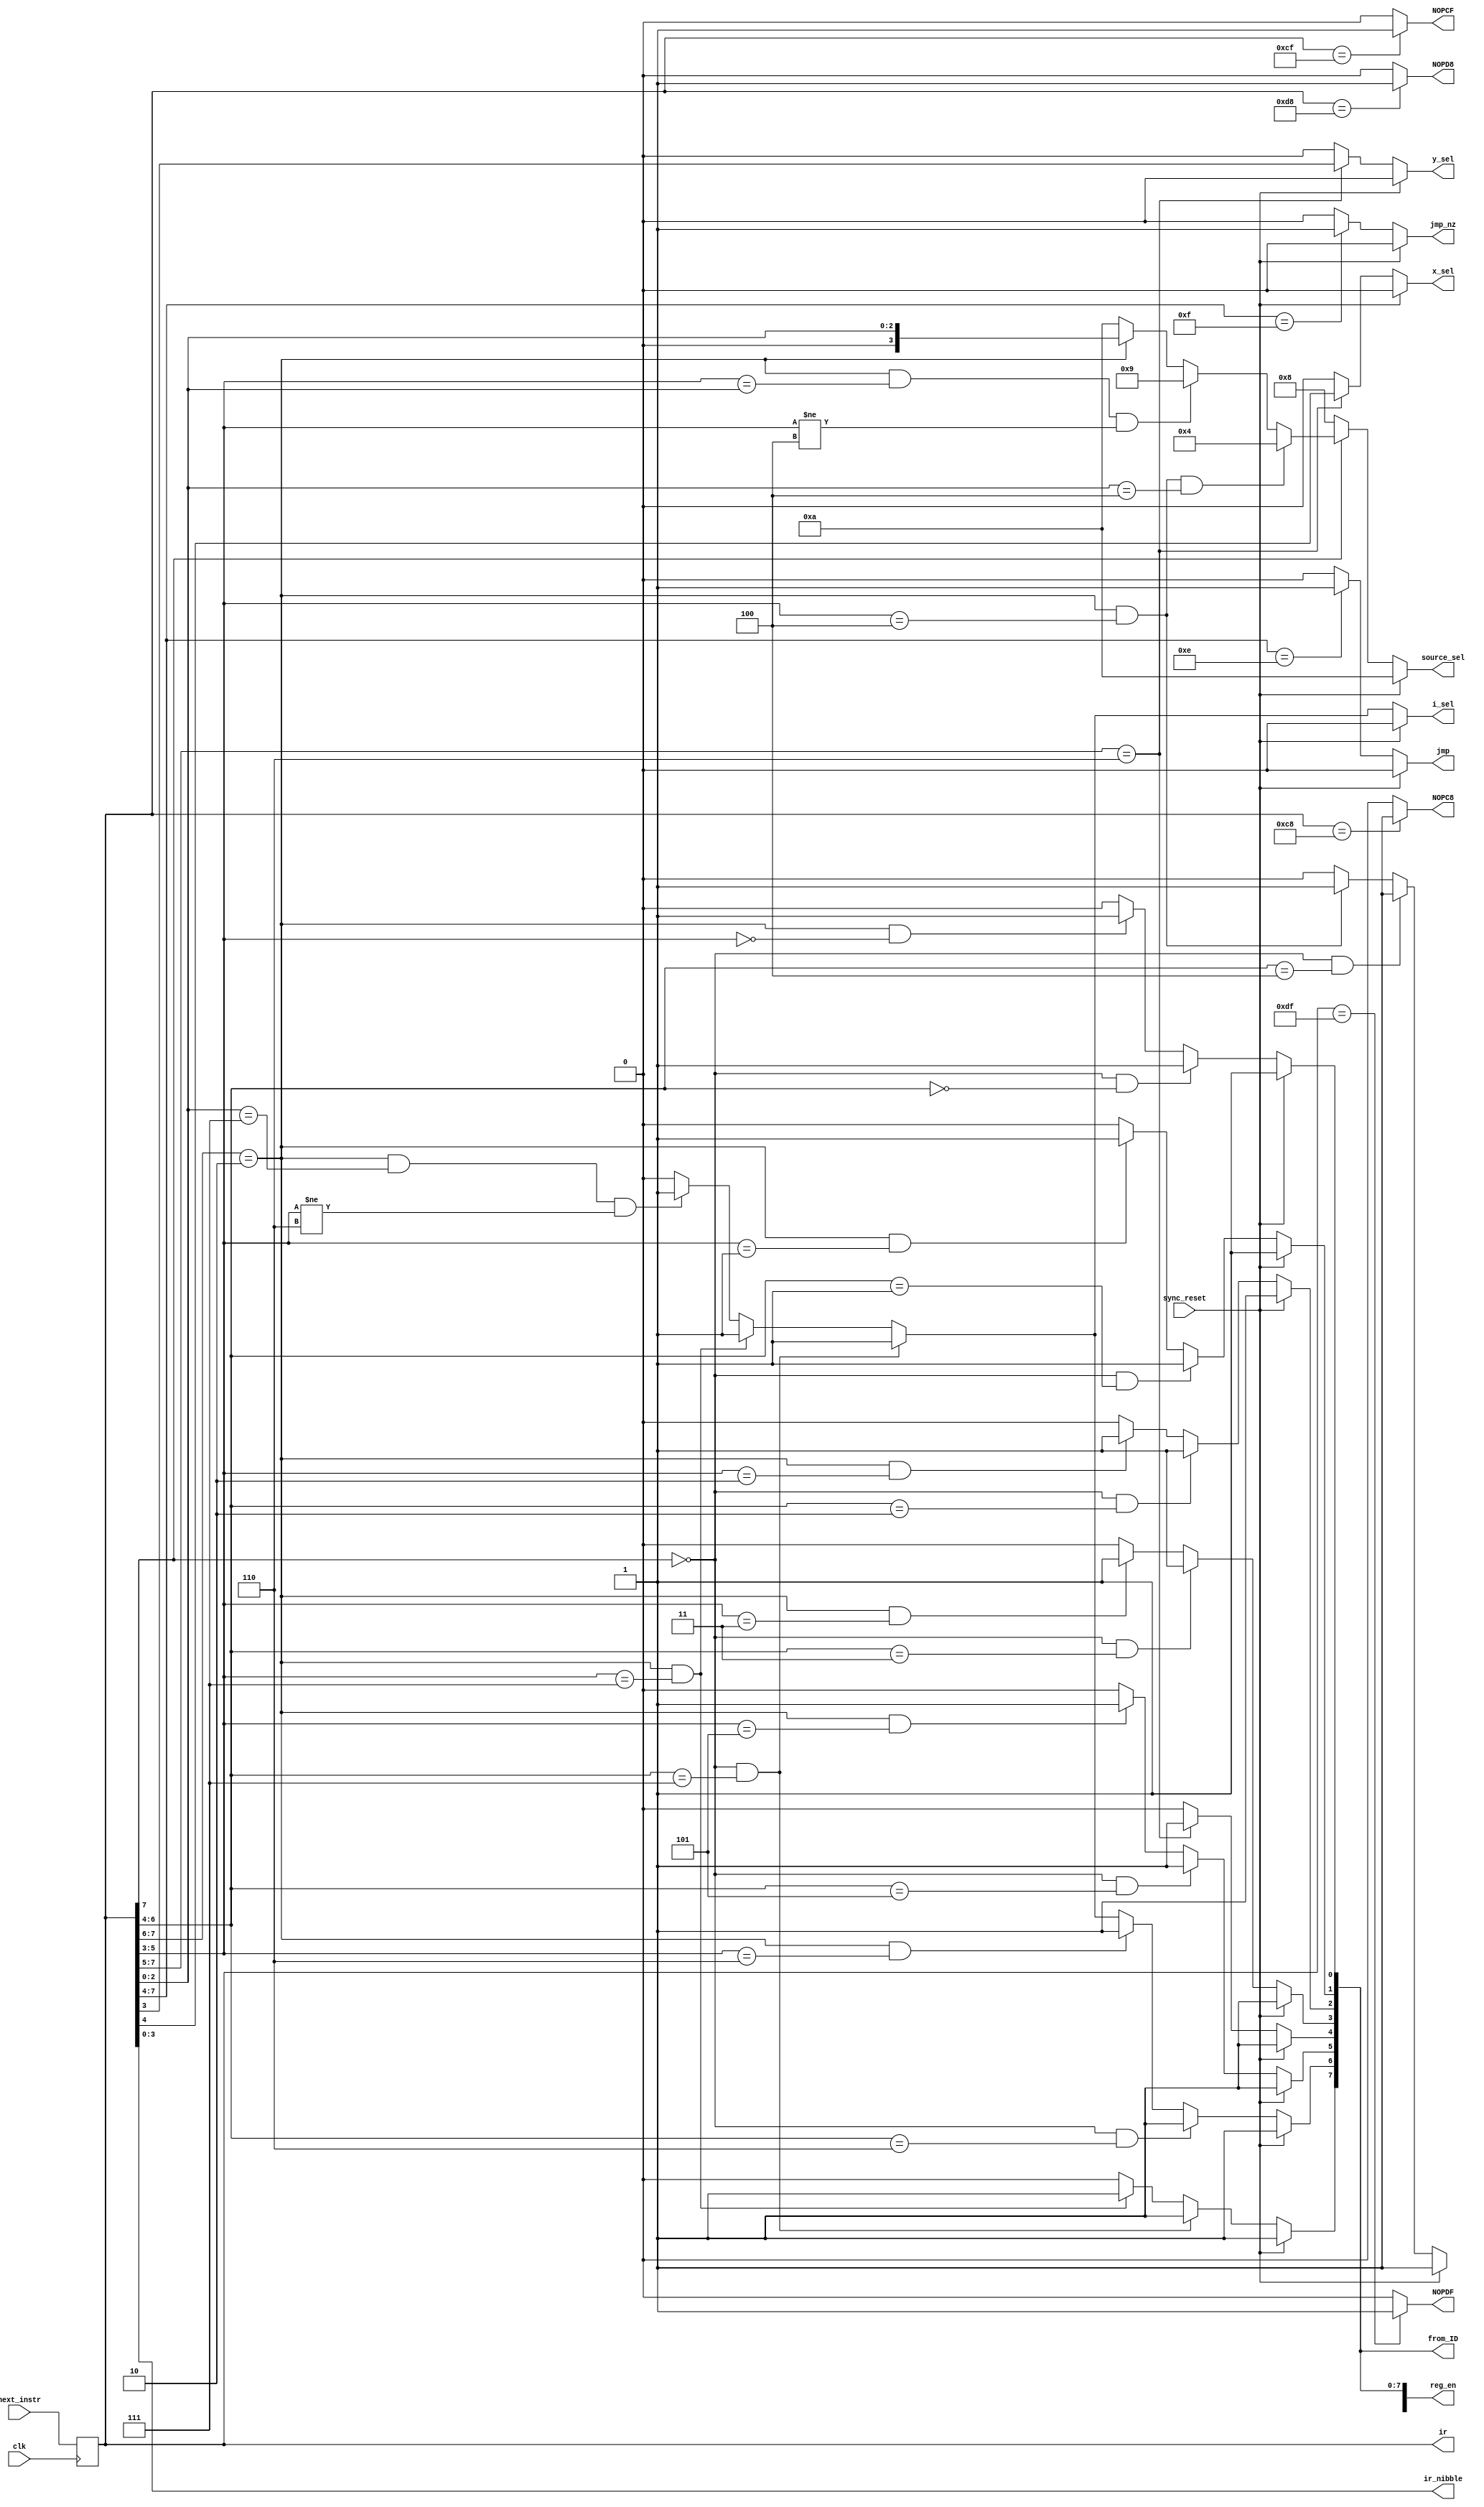
module instruction_decoder(
input clk, sync_reset,
input [7:0] next_instr,
output reg jmp, jmp_nz,
output reg [3:0] ir_nibble,
output reg i_sel, y_sel, x_sel,
output reg [3:0] source_sel,
output reg [8:0] reg_en,

output reg [7:0] ir,
output reg [7:0] from_ID,
output reg NOPC8, NOPCF, NOPD8, NOPDF
);

// reg [7:0] ir;

always @ *
if (ir == 8'hC8)
	NOPC8 = 1'b1;
else
	NOPC8 = 1'b0;

always @ *
if (ir == 8'hCF)
	NOPCF = 1'b1;
else
	NOPCF = 1'b0;

always @ *
if (ir == 8'hD8)
	NOPD8 = 1'b1;
else
	NOPD8 = 1'b0;

always @ *
if (ir == 8'hDF)
	NOPDF = 1'b1;
else
	NOPDF = 1'b0;




localparam LOAD = 1'b0; 		// ir[7]
localparam MOV = 2'b10; 		// ir[7:6]
localparam ALU = 3'b110; 		// ir[7:5]
localparam JUMP = 4'b1110; 	// ir[7:4]
localparam CJUMP = 4'b1111;	// ir[7:4]

localparam X0 = 3'b000;
localparam X1 = 3'b001;
localparam Y0 = 3'b010;
localparam Y1 = 3'b011;
localparam R =  3'b100; // also o_reg
localparam M =  3'b101;
localparam I =  3'b110;
localparam DM = 3'b111;

localparam PM_DATA = 4'd8;
localparam I_PINS = 4'd9;


// ***from_ID***
always @ *
//from_ID = 8'H00;
from_ID = reg_en[7:0];
//from_ID = {7'b0000000, i_sel};

// ***instruction register***
always @ (posedge clk)
ir = next_instr;


// ***reg en***
// enable registers to be written to - IE enable registers as desinations

// x0
always @ *
if (sync_reset)
	reg_en[0] = 1'b1;
else if (ir[7] == LOAD && ir[6:4] == X0) // load instr
	reg_en[0] = 1'b1;
else if (ir[7:6] == MOV && ir[5:3] == X0) // mov instr
	reg_en[0] = 1'b1;
else
	reg_en[0] = 1'b0;

// x1
always @ *
if (sync_reset)
	reg_en[1] = 1'b1;
else if (ir[7] == LOAD && ir[6:4] == X1) // load instr
	reg_en[1] = 1'b1;
else if (ir[7:6] == MOV && ir[5:3] == X1) // mov instr
	reg_en[1] = 1'b1;
else
	reg_en[1] = 1'b0;

// y0
always @ *
if (sync_reset)
	reg_en[2] = 1'b1;
else if (ir[7] == LOAD && ir[6:4] == Y0) // load instr
	reg_en[2] = 1'b1;
else if (ir[7:6] == MOV && ir[5:3] == Y0) // mov instr
	reg_en[2] = 1'b1;
else
	reg_en[2] = 1'b0;

// y1
always @ *
if (sync_reset)
	reg_en[3] = 1'b1;
else if (ir[7] == LOAD && ir[6:4] == Y1) // load instr
	reg_en[3] = 1'b1;
else if (ir[7:6] == MOV && ir[5:3] == Y1) // mov instr
	reg_en[3] = 1'b1;
else
	reg_en[3] = 1'b0;

// r reg
always @ *
if (sync_reset)
	reg_en[4] = 1'b1;
else if (ir[7:5] == ALU) // ALU instr
	reg_en[4] = 1'b1;
else
	reg_en[4] = 1'b0;

// o_reg
always @ *
if (sync_reset)
	reg_en[8] = 1'b1;
else if (ir[7] == LOAD && ir[6:4] == R) // load instr
	reg_en[8] = 1'b1;
else if (ir[7:6] == MOV && ir[5:3] == R) // mov instr
	reg_en[8] = 1'b1;
else
	reg_en[8] = 1'b0;

// m
always @ *
if (sync_reset)
	reg_en[5] = 1'b1;
else if (ir[7] == LOAD && ir[6:4] == M) // load instr
	reg_en[5] = 1'b1;
else if (ir[7:6] == MOV && ir[5:3] == M) // mov instr
	reg_en[5] = 1'b1;
else
	reg_en[5] = 1'b0;

// i
always @ *
if (sync_reset)
	reg_en[6] = 1'b1;
else if ((ir[7] == LOAD) && (ir[6:4] == I)) // load instr
	reg_en[6] = 1'b1;
else if ((ir[7:6] == MOV) && (ir[5:3] == I)) // mov instr
	reg_en[6] = 1'b1;
else if ((ir[7] == LOAD) && (ir[6:4] == DM)) // load dm
	reg_en[6] = 1'b1;
else if ((ir[7:6] == MOV) && (ir[5:3] == DM)) // mov, dm = dest
	reg_en[6] = 1'b1;
else if ((ir[7:6] == MOV) && (ir[2:0] == DM) && (ir[5:3] != I)) // mov, dm = source, destination reg is not i (ir[5:3] != I)
	reg_en[6] = 1'b1;
else
	reg_en[6] = 1'b0;

// dm
always @ *
if (sync_reset)
	reg_en[7] = 1'b1;
else if (ir[7] == LOAD && ir[6:4] == DM) // load instr
	reg_en[7] = 1'b1;
else if (ir[7:6] == MOV && ir[5:3] == DM) // mov instr
	reg_en[7] = 1'b1;
else
	reg_en[7] = 1'b0;


// ***source_sel***
// select a register to be a source
always @ *
if (sync_reset)
	source_sel = 4'd10;
else if (ir[7] == 1'b0) // load instr
	source_sel = PM_DATA;
else if ((ir[7:6] == MOV) && (ir[5:3] == R) && (ir[2:0] == R)) // mov isntr, dest == dource == r
	source_sel = 4'd4; // move to or_reg
else if ((ir[7:6] == MOV) && (ir[5:3] == ir[2:0]) && (ir[5:3] != R))
// mov instr, dest == source, dest does not equal 4'h4 (o_reg)
	source_sel = I_PINS;
else if (ir[7:6] == MOV) // mov instr
	source_sel = {1'b0, ir[2:0]};
else
	source_sel = 4'd10;


//***i, x, y selects***

// i sel
always @ *
if (sync_reset)
	i_sel = 1'b0;
else if (ir[7] == LOAD && ir[6:4] == DM) // load dm
	i_sel = 1'b1;
else if ((ir[7:6] == MOV) && (ir[5:3] == DM)) // mov, dm = dest
	i_sel = 1'b1;
else if ((ir[7:6] == MOV) && (ir[2:0] == DM) && (ir[5:3] != I)) // mov, dm = source - destination reg should not be i (ir[5:3] != I)
	i_sel = 1'b1;
else
	i_sel = 1'b0;

//// i sel
//always @ *
//if (sync_reset)
//	i_sel = 1'b0;
//else if ((ir[7] == LOAD) && (ir[6:4] == I)) // load to I
//	i_sel = 1'b0;
//else if ((ir[7:6] == MOV) && (ir[5:3] == I)) // move to I
//	i_sel = 1'b0;
//else
//	i_sel = 1'b1;

// x sel
always @ *
if (sync_reset)
	x_sel = 1'b0;
else if (ir[7:5] == ALU)
	x_sel = ir[4];
else
	x_sel = 1'b0;

// y sel
always @ *
if (sync_reset)
	y_sel = 1'b0;
else if (ir[7:5] == ALU)
	y_sel = ir[3];
else
	y_sel = 1'b0;


//***jump and conditional jump**
// jump
always @ *
if (sync_reset)
	jmp = 1'b0;
else if (ir[7:4] == JUMP)
	jmp = 1'b1;
else
	jmp = 1'b0;


// jump_nz
always @ *
if (sync_reset)
	jmp_nz = 1'b0;
else if (ir[7:4] == CJUMP)
	jmp_nz = 1'b1;
else
	jmp_nz = 1'b0;


// ***ir_nibble***
always @ *
ir_nibble = ir[3:0];

endmodule